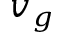
v _ { g }